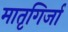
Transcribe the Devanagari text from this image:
मातृगिर्जा